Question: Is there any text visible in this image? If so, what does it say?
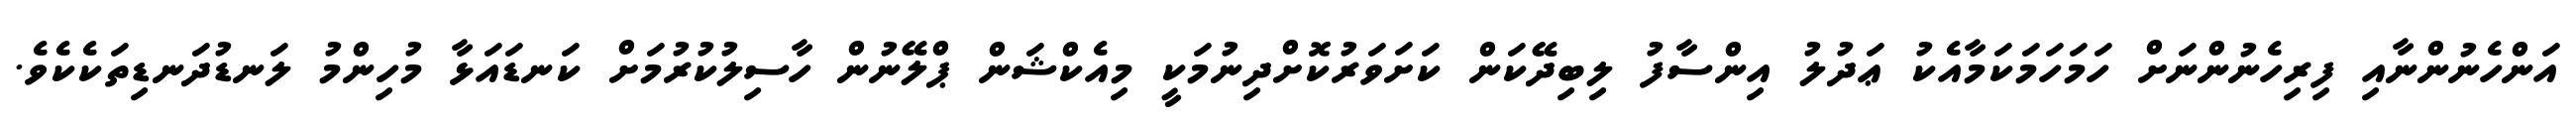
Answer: އަންހެނުންނާއި ފިރިހެނުންނަށް ހަމަހަމަކަމާއެކު ޢަދުލު އިންސާފު ލިބިދޭކަން ކަށަވަރުކޮށްދިނުމަކީ މިއެކްޝަން ޕްލޭނުން ހާސިލުކުރުމަށް ކަނޑައަޅާ މުހިންމު ލަނޑުދަނޑިތަކެކެވެ.